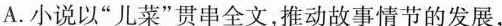
A.小说以“儿菜”贯串全文,推动故事情节的发展，